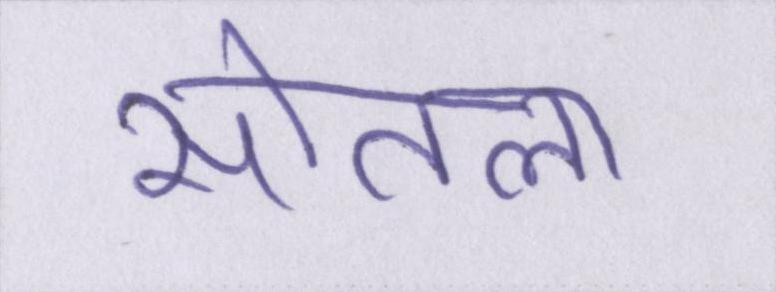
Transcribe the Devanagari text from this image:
सोतला